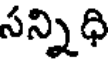
సన్నిధి